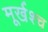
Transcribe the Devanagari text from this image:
मूर्खश्च